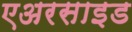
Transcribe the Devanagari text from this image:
एअरसाइड